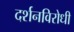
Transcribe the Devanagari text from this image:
दर्शनविरोधी